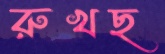
রুখছ